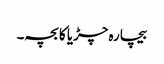
بیچارہ چڑیا کا بچہ۔